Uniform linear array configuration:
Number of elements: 8
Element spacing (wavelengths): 0.5
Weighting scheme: hamming
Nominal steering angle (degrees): -30
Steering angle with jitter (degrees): -31.029
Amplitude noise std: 0.05
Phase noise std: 0.05

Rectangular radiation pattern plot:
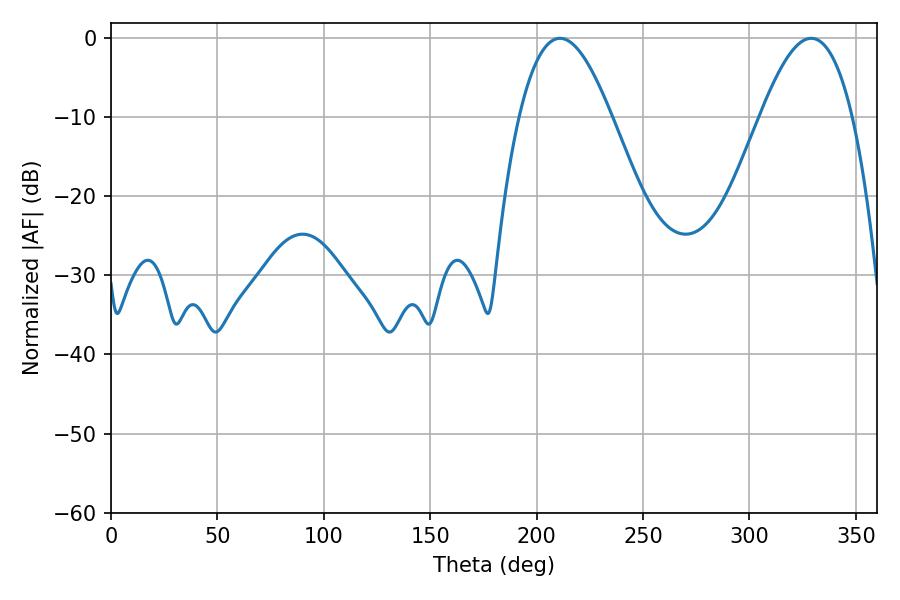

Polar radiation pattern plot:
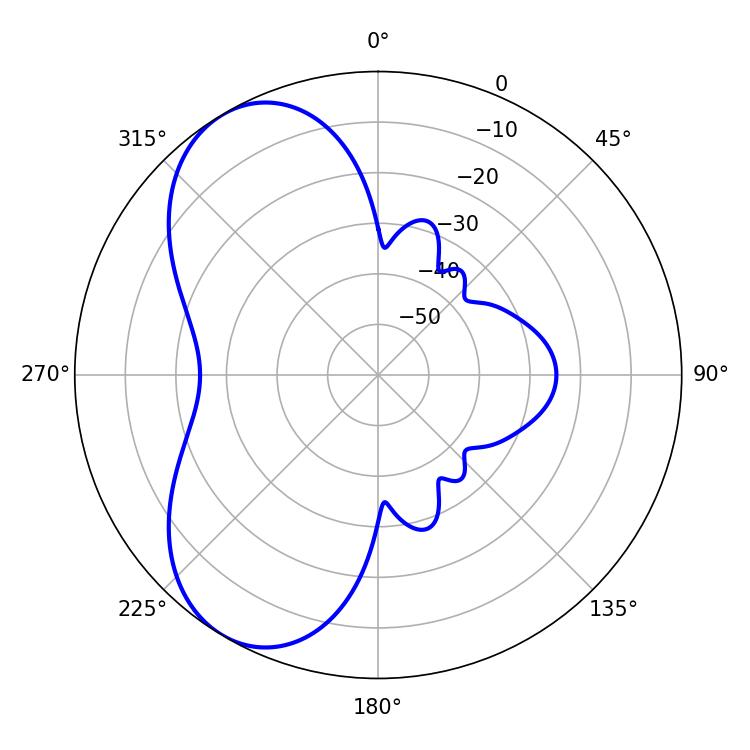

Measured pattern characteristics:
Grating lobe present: FALSE
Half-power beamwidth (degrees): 23.58
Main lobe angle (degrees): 210.96